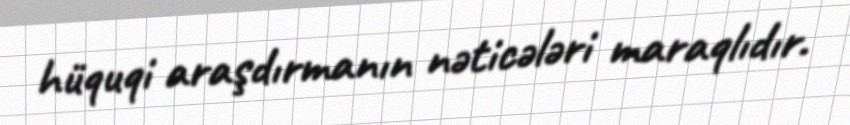
hüquqi araşdırmanın nəticələri maraqlıdır.